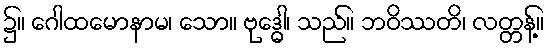
၌။ ဂေါထမောနာမ၊ သော။ ဗုဒ္ဓေါ၊ သည်။ ဘဝိဿတိ၊ လတ္တန့်။